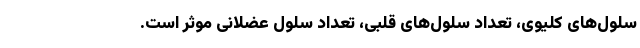
سلول‌های کلیوی، تعداد سلول‌های قلبی، تعداد سلول عضلانی موثر است.